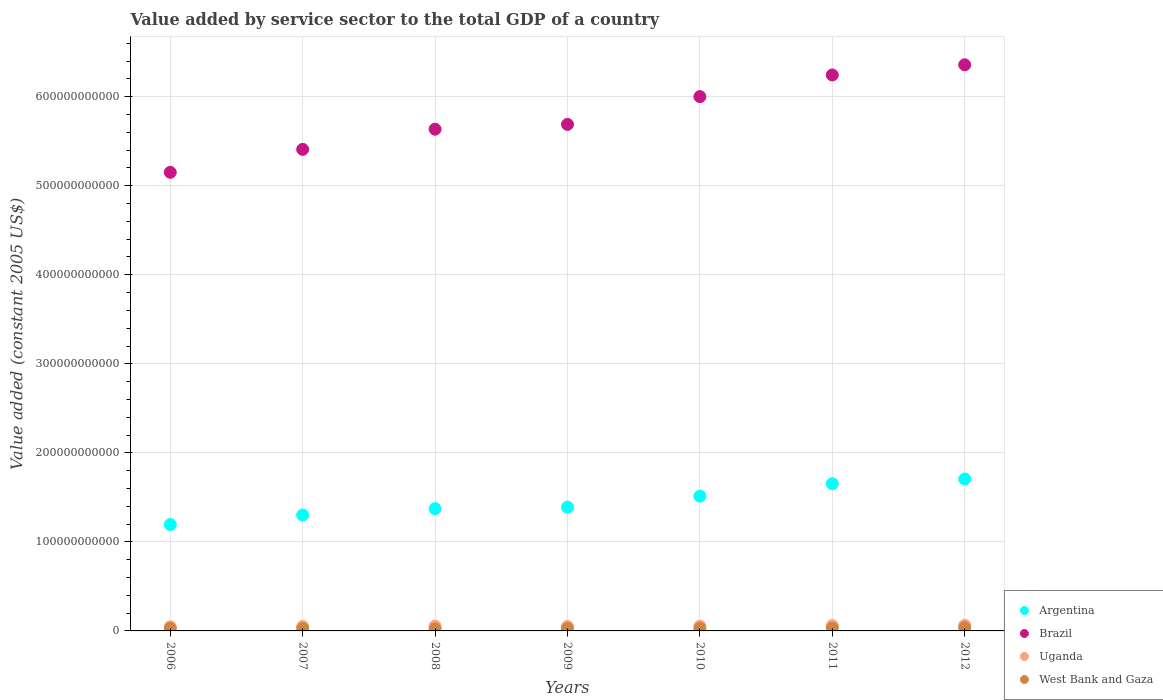
| Years | Argentina | Brazil | Uganda | West Bank and Gaza |
 | --- | --- | --- | --- | --- |
 | 2006 | 1.19e+11 | 5.15e+11 | 4.58e+09 | 2.79e+09 |
 | 2007 | 1.3e+11 | 5.41e+11 | 4.95e+09 | 2.63e+09 |
 | 2008 | 1.37e+11 | 5.64e+11 | 5.43e+09 | 2.28e+09 |
 | 2009 | 1.39e+11 | 5.69e+11 | 5e+09 | 2.69e+09 |
 | 2010 | 1.51e+11 | 6e+11 | 5.3e+09 | 2.8e+09 |
 | 2011 | 1.65e+11 | 6.24e+11 | 5.96e+09 | 3.15e+09 |
 | 2012 | 1.71e+11 | 6.36e+11 | 6.25e+09 | 3.69e+09 |